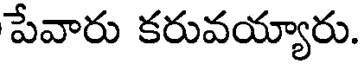
పేవారు కరువయ్యారు.